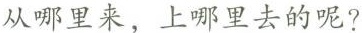
从哪里来，上哪里去的呢？